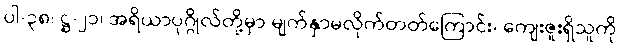
ပါ-၃၈၊ ဋ္ဌ-၂၁၊ အရိယာပုဂ္ဂိုလ်တို့မှာ မျက်နှာမလိုက်တတ်ကြောင်း၊ ကျေးဇူးရှိသူကို